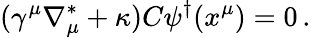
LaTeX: (\gamma^{\mu}\nabla_{\mu}^{\ast}+\kappa)C\psi^{\dagger}(x^{\mu})=0\, .